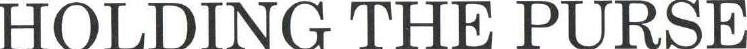
HOLDING THE PURSE